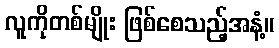
လူကိုတစ်မျိုး ဖြစ်စေသည့်အနံ့။